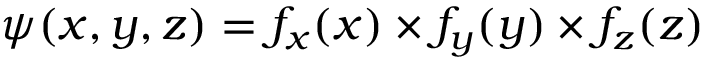
\psi ( x , y , z ) = f _ { x } ( x ) \times f _ { y } ( y ) \times f _ { z } ( z )